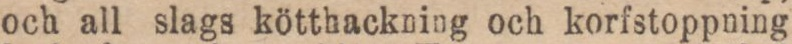
och all slags kötthackning och korfstoppning